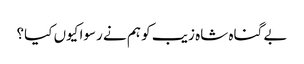
بے گناہ شاہ زیب کو ہم نے رسوا کیوں کیا؟